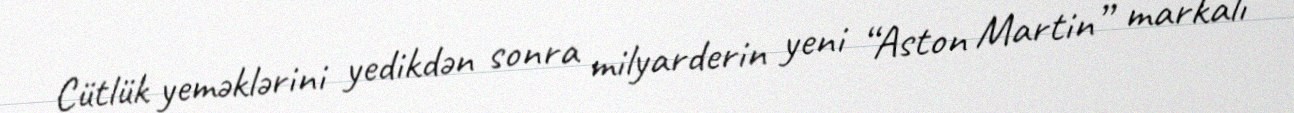
Cütlük yeməklərini yedikdən sonra milyarderin yeni “Aston Martin” markalı